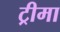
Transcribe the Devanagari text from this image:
ट्रीमा